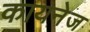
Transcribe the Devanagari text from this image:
कायनेज